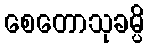
စေတောသုခမ္ပိ